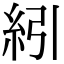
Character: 紖